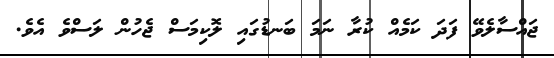
ޖައްސާލެވޭ ފަދަ ކަމެއް ކުރާ ނަމަ ބަނޑުގައި ލޮކިމަސް ޖެހުން ލަސްވެ އެވެ.